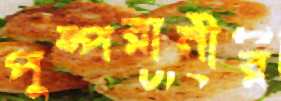
পুষ্পরানীর